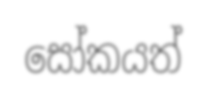
සෝකයත්